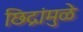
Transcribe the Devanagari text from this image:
छिद्रांमुळे